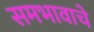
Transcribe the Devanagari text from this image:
समभावाचे